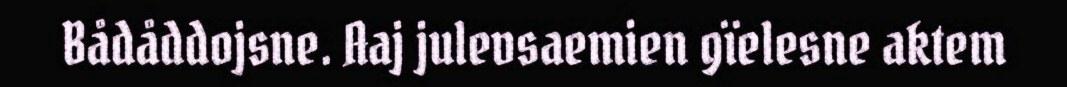
Bådåddojsne. Aaj julevsaemien gïelesne aktem